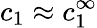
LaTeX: c_{1}\approx c_{1}^{\infty}